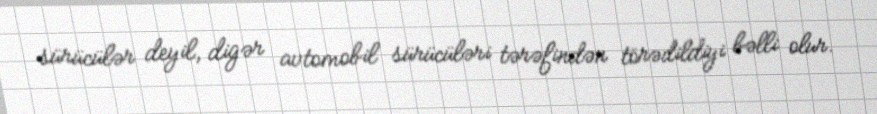
sürücülər deyil, digər avtomobil sürücüləri tərəfindən törədildiyi bəlli olur.